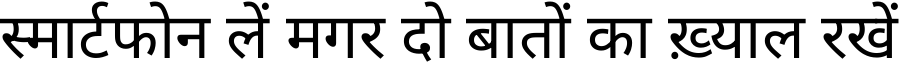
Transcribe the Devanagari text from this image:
स्मार्टफोन लें मगर दो बातों का ख़्याल रखें